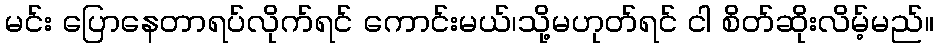
မင်း ပြောနေတာရပ်လိုက်ရင် ကောင်းမယ်၊သို့မဟုတ်ရင် ငါ စိတ်ဆိုးလိမ့်မည်။